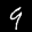
Label: 9